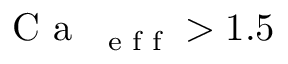
\mathrm { ~ C ~ a ~ } _ { \mathrm { ~ \scriptsize ~ e ~ f ~ f ~ } } > 1 . 5